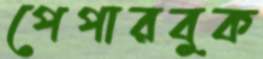
পেপারবুক